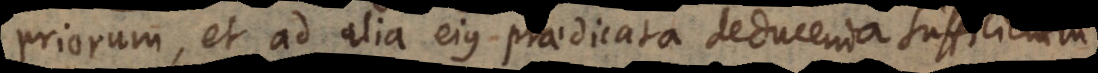
priorum, et ad alia ejus praedicata deducenda sufficient